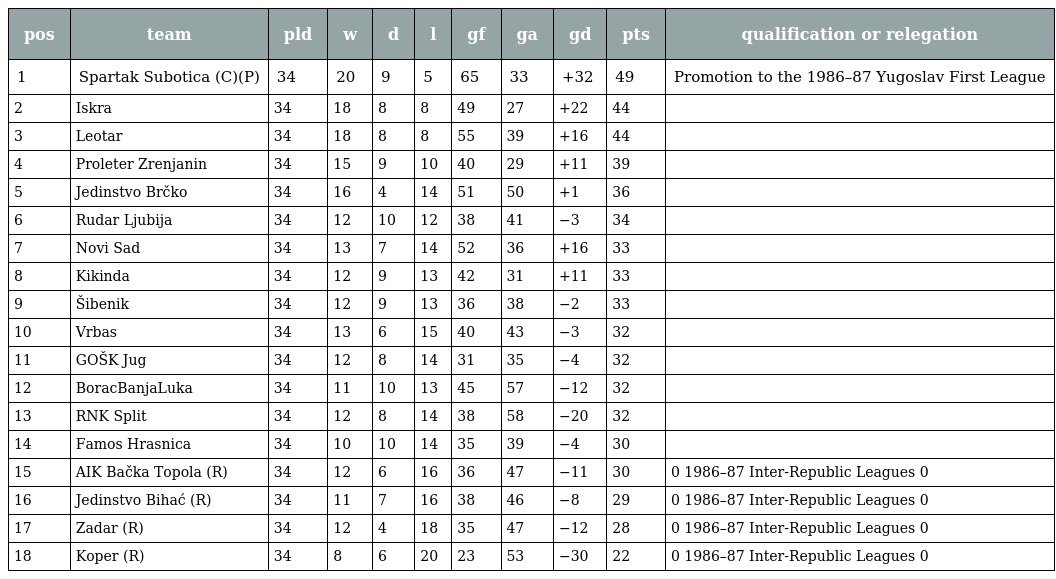
| pos | team | pld | w | d | l | gf | ga | gd | pts | qualification or relegation |
 | --- | --- | --- | --- | --- | --- | --- | --- | --- | --- | --- |
 | 1 | Spartak Subotica (C)(P) | 34 | 20 | 9 | 5 | 65 | 33 | +32 | 49 | Promotion to the 1986–87 Yugoslav First League |
 | 2 | Iskra | 34 | 18 | 8 | 8 | 49 | 27 | +22 | 44 |  |
 | 3 | Leotar | 34 | 18 | 8 | 8 | 55 | 39 | +16 | 44 |  |
 | 4 | Proleter Zrenjanin | 34 | 15 | 9 | 10 | 40 | 29 | +11 | 39 |  |
 | 5 | Jedinstvo Brčko | 34 | 16 | 4 | 14 | 51 | 50 | +1 | 36 |  |
 | 6 | Rudar Ljubija | 34 | 12 | 10 | 12 | 38 | 41 | −3 | 34 |  |
 | 7 | Novi Sad | 34 | 13 | 7 | 14 | 52 | 36 | +16 | 33 |  |
 | 8 | Kikinda | 34 | 12 | 9 | 13 | 42 | 31 | +11 | 33 |  |
 | 9 | Šibenik | 34 | 12 | 9 | 13 | 36 | 38 | −2 | 33 |  |
 | 10 | Vrbas | 34 | 13 | 6 | 15 | 40 | 43 | −3 | 32 |  |
 | 11 | GOŠK Jug | 34 | 12 | 8 | 14 | 31 | 35 | −4 | 32 |  |
 | 12 | BoracBanjaLuka | 34 | 11 | 10 | 13 | 45 | 57 | −12 | 32 |  |
 | 13 | RNK Split | 34 | 12 | 8 | 14 | 38 | 58 | −20 | 32 |  |
 | 14 | Famos Hrasnica | 34 | 10 | 10 | 14 | 35 | 39 | −4 | 30 |  |
 | 15 | AIK Bačka Topola (R) | 34 | 12 | 6 | 16 | 36 | 47 | −11 | 30 | 0 1986–87 Inter-Republic Leagues 0 |
 | 16 | Jedinstvo Bihać (R) | 34 | 11 | 7 | 16 | 38 | 46 | −8 | 29 | 0 1986–87 Inter-Republic Leagues 0 |
 | 17 | Zadar (R) | 34 | 12 | 4 | 18 | 35 | 47 | −12 | 28 | 0 1986–87 Inter-Republic Leagues 0 |
 | 18 | Koper (R) | 34 | 8 | 6 | 20 | 23 | 53 | −30 | 22 | 0 1986–87 Inter-Republic Leagues 0 |